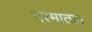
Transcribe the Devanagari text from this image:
परमाताप